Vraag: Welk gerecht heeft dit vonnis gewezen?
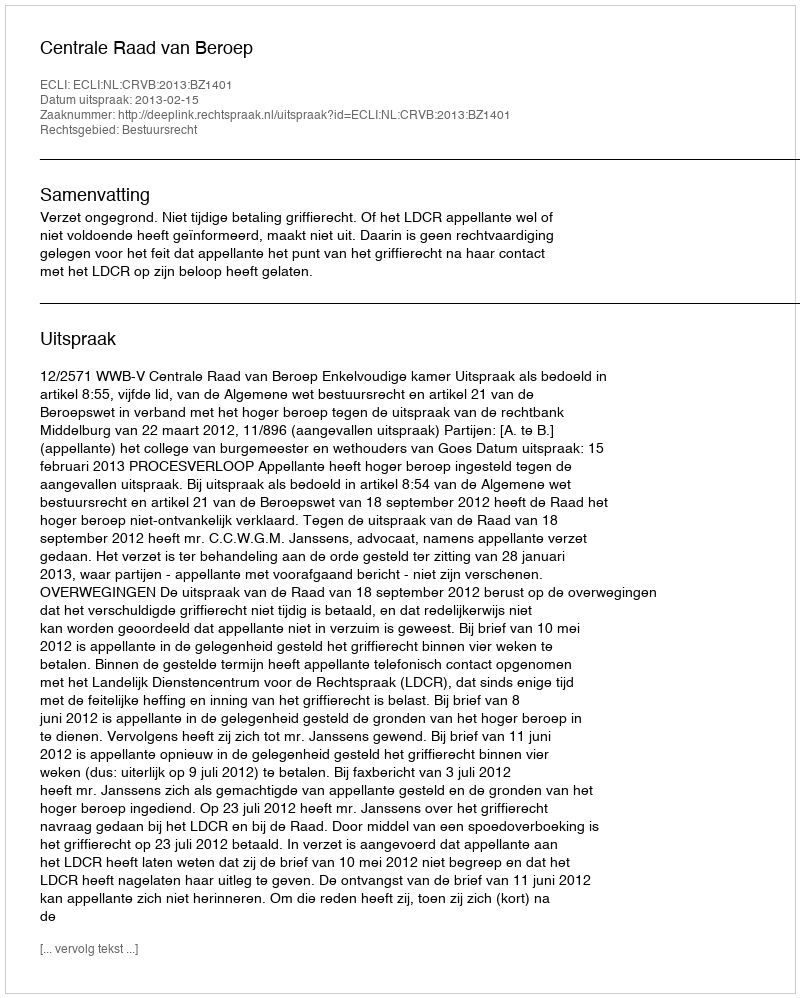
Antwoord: Centrale Raad van Beroep